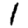
Digit: 1